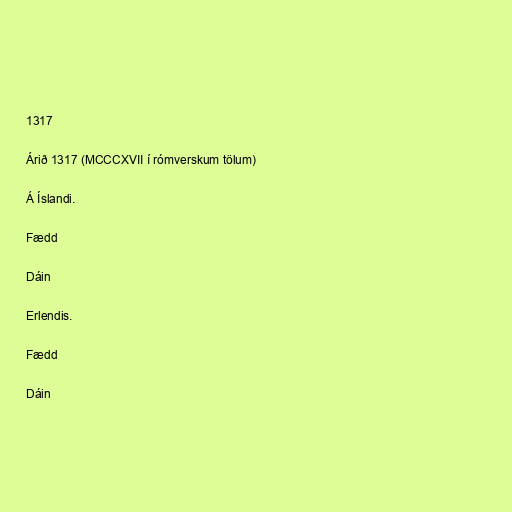
1317

Árið 1317 (MCCCXVII í rómverskum tölum)

Á Íslandi.

Fædd

Dáin

Erlendis.

Fædd

Dáin